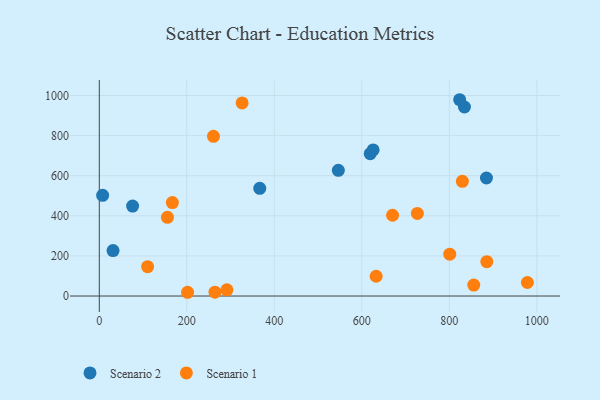
{"axis": {"x": "Ad Spend", "y": "Salary"}, "legend": ["Scenario 1", "Scenario 2"], "data": [{"x": "884.8", "y": 588.5, "type": "Scenario 2"}, {"x": "834.5", "y": 942.5, "type": "Scenario 2"}, {"x": "823.6", "y": 978.9, "type": "Scenario 2"}, {"x": "546.3", "y": 626.6, "type": "Scenario 2"}, {"x": "366.7", "y": 537.0, "type": "Scenario 2"}, {"x": "76.1", "y": 448.7, "type": "Scenario 2"}, {"x": "31.4", "y": 226.4, "type": "Scenario 2"}, {"x": "619.1", "y": 709.7, "type": "Scenario 2"}, {"x": "7.6", "y": 502.2, "type": "Scenario 2"}, {"x": "625.8", "y": 728.5, "type": "Scenario 2"}, {"x": "155.7", "y": 392.3, "type": "Scenario 1"}, {"x": "264.4", "y": 19.1, "type": "Scenario 1"}, {"x": "291.6", "y": 31.0, "type": "Scenario 1"}, {"x": "670.2", "y": 402.8, "type": "Scenario 1"}, {"x": "726.9", "y": 411.9, "type": "Scenario 1"}, {"x": "110.4", "y": 146.4, "type": "Scenario 1"}, {"x": "260.9", "y": 796.5, "type": "Scenario 1"}, {"x": "167.0", "y": 466.1, "type": "Scenario 1"}, {"x": "201.7", "y": 18.7, "type": "Scenario 1"}, {"x": "326.4", "y": 962.8, "type": "Scenario 1"}, {"x": "800.9", "y": 208.7, "type": "Scenario 1"}, {"x": "855.8", "y": 54.6, "type": "Scenario 1"}, {"x": "829.7", "y": 572.1, "type": "Scenario 1"}, {"x": "632.7", "y": 98.6, "type": "Scenario 1"}, {"x": "885.6", "y": 171.3, "type": "Scenario 1"}, {"x": "978.3", "y": 67.4, "type": "Scenario 1"}]}